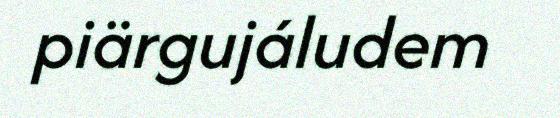
piärgujáludem